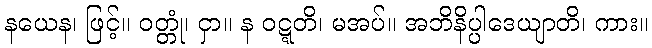
နယေန၊ ဖြင့်။ ဝတ္တုံ၊ ငှာ။ န ဝဋ္ဋတိ၊ မအပ်။ အဘိနိပ္ပါဒေယျာတိ၊ ကား။